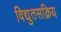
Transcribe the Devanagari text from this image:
विद्युतसक्रिय